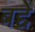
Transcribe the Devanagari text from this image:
बद्दे